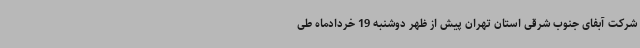
شرکت آبفای جنوب شرقی استان تهران ‌پیش از ظهر دوشنبه 19 خردادماه طی